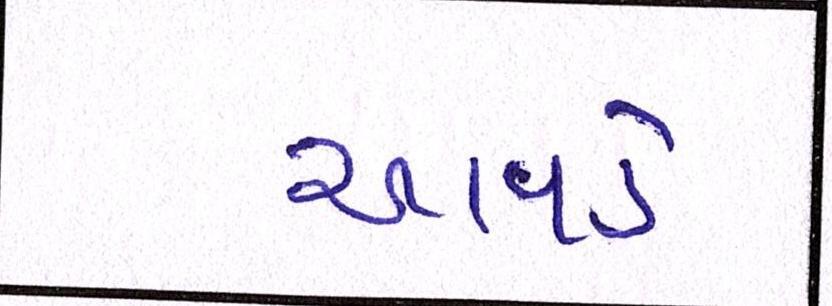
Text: આવડે